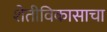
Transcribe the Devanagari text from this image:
शेतीविकासाचा